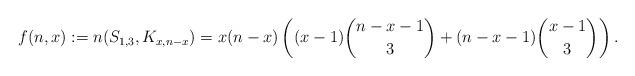
LaTeX: \begin{align*} f(n,x) := n(S_{1,3},K_{x,n-x}) = x(n-x) \left( (x-1)\binom{n-x-1}{3} + (n-x-1)\binom{x-1}{3} \right).\end{align*}